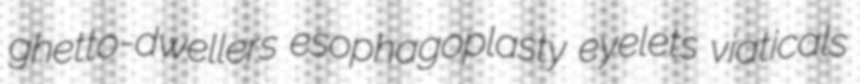
ghetto-dwellers esophagoplasty eyelets viaticals